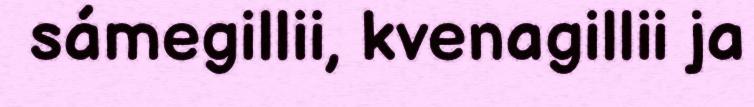
sámegillii, kvenagillii ja